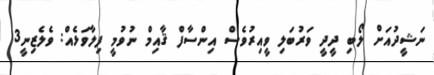
ނަޝީދުއަށް ލޯބި ދީދީ ވަރުބަލި ވީއިރުވެސް އިންސާފް ޤާއިމް ނުވުމީ ފިލާވަޅެއް: ވެލެޒިނީ3